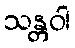
သန္တဝါ